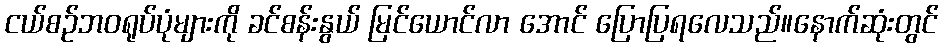
ငယ်စဉ်ဘဝရုပ်ပုံများကို ခင်စန်းနွယ် မြင်ယောင်လာ အောင် ပြောပြရလေသည်။နောက်ဆုံးတွင်